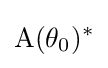
\mathrm {A} (\theta _{0})^{*}